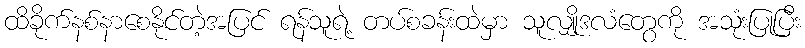
ထိခိုက်နစ်နာစေနိုင်တဲ့အပြင် ရန်သူရဲ့ တပ်စခန်းထဲမှာ သူလျှိုဒလံတွေကို အသုံးပြုပြီး